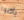
يأكلوا